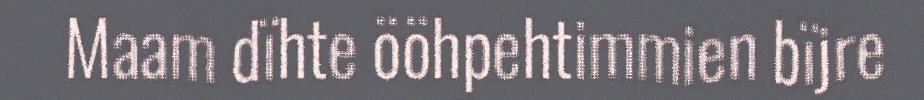
Maam dïhte ööhpehtimmien bïjre